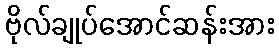
ဗိုလ်ချုပ်အောင်ဆန်းအား